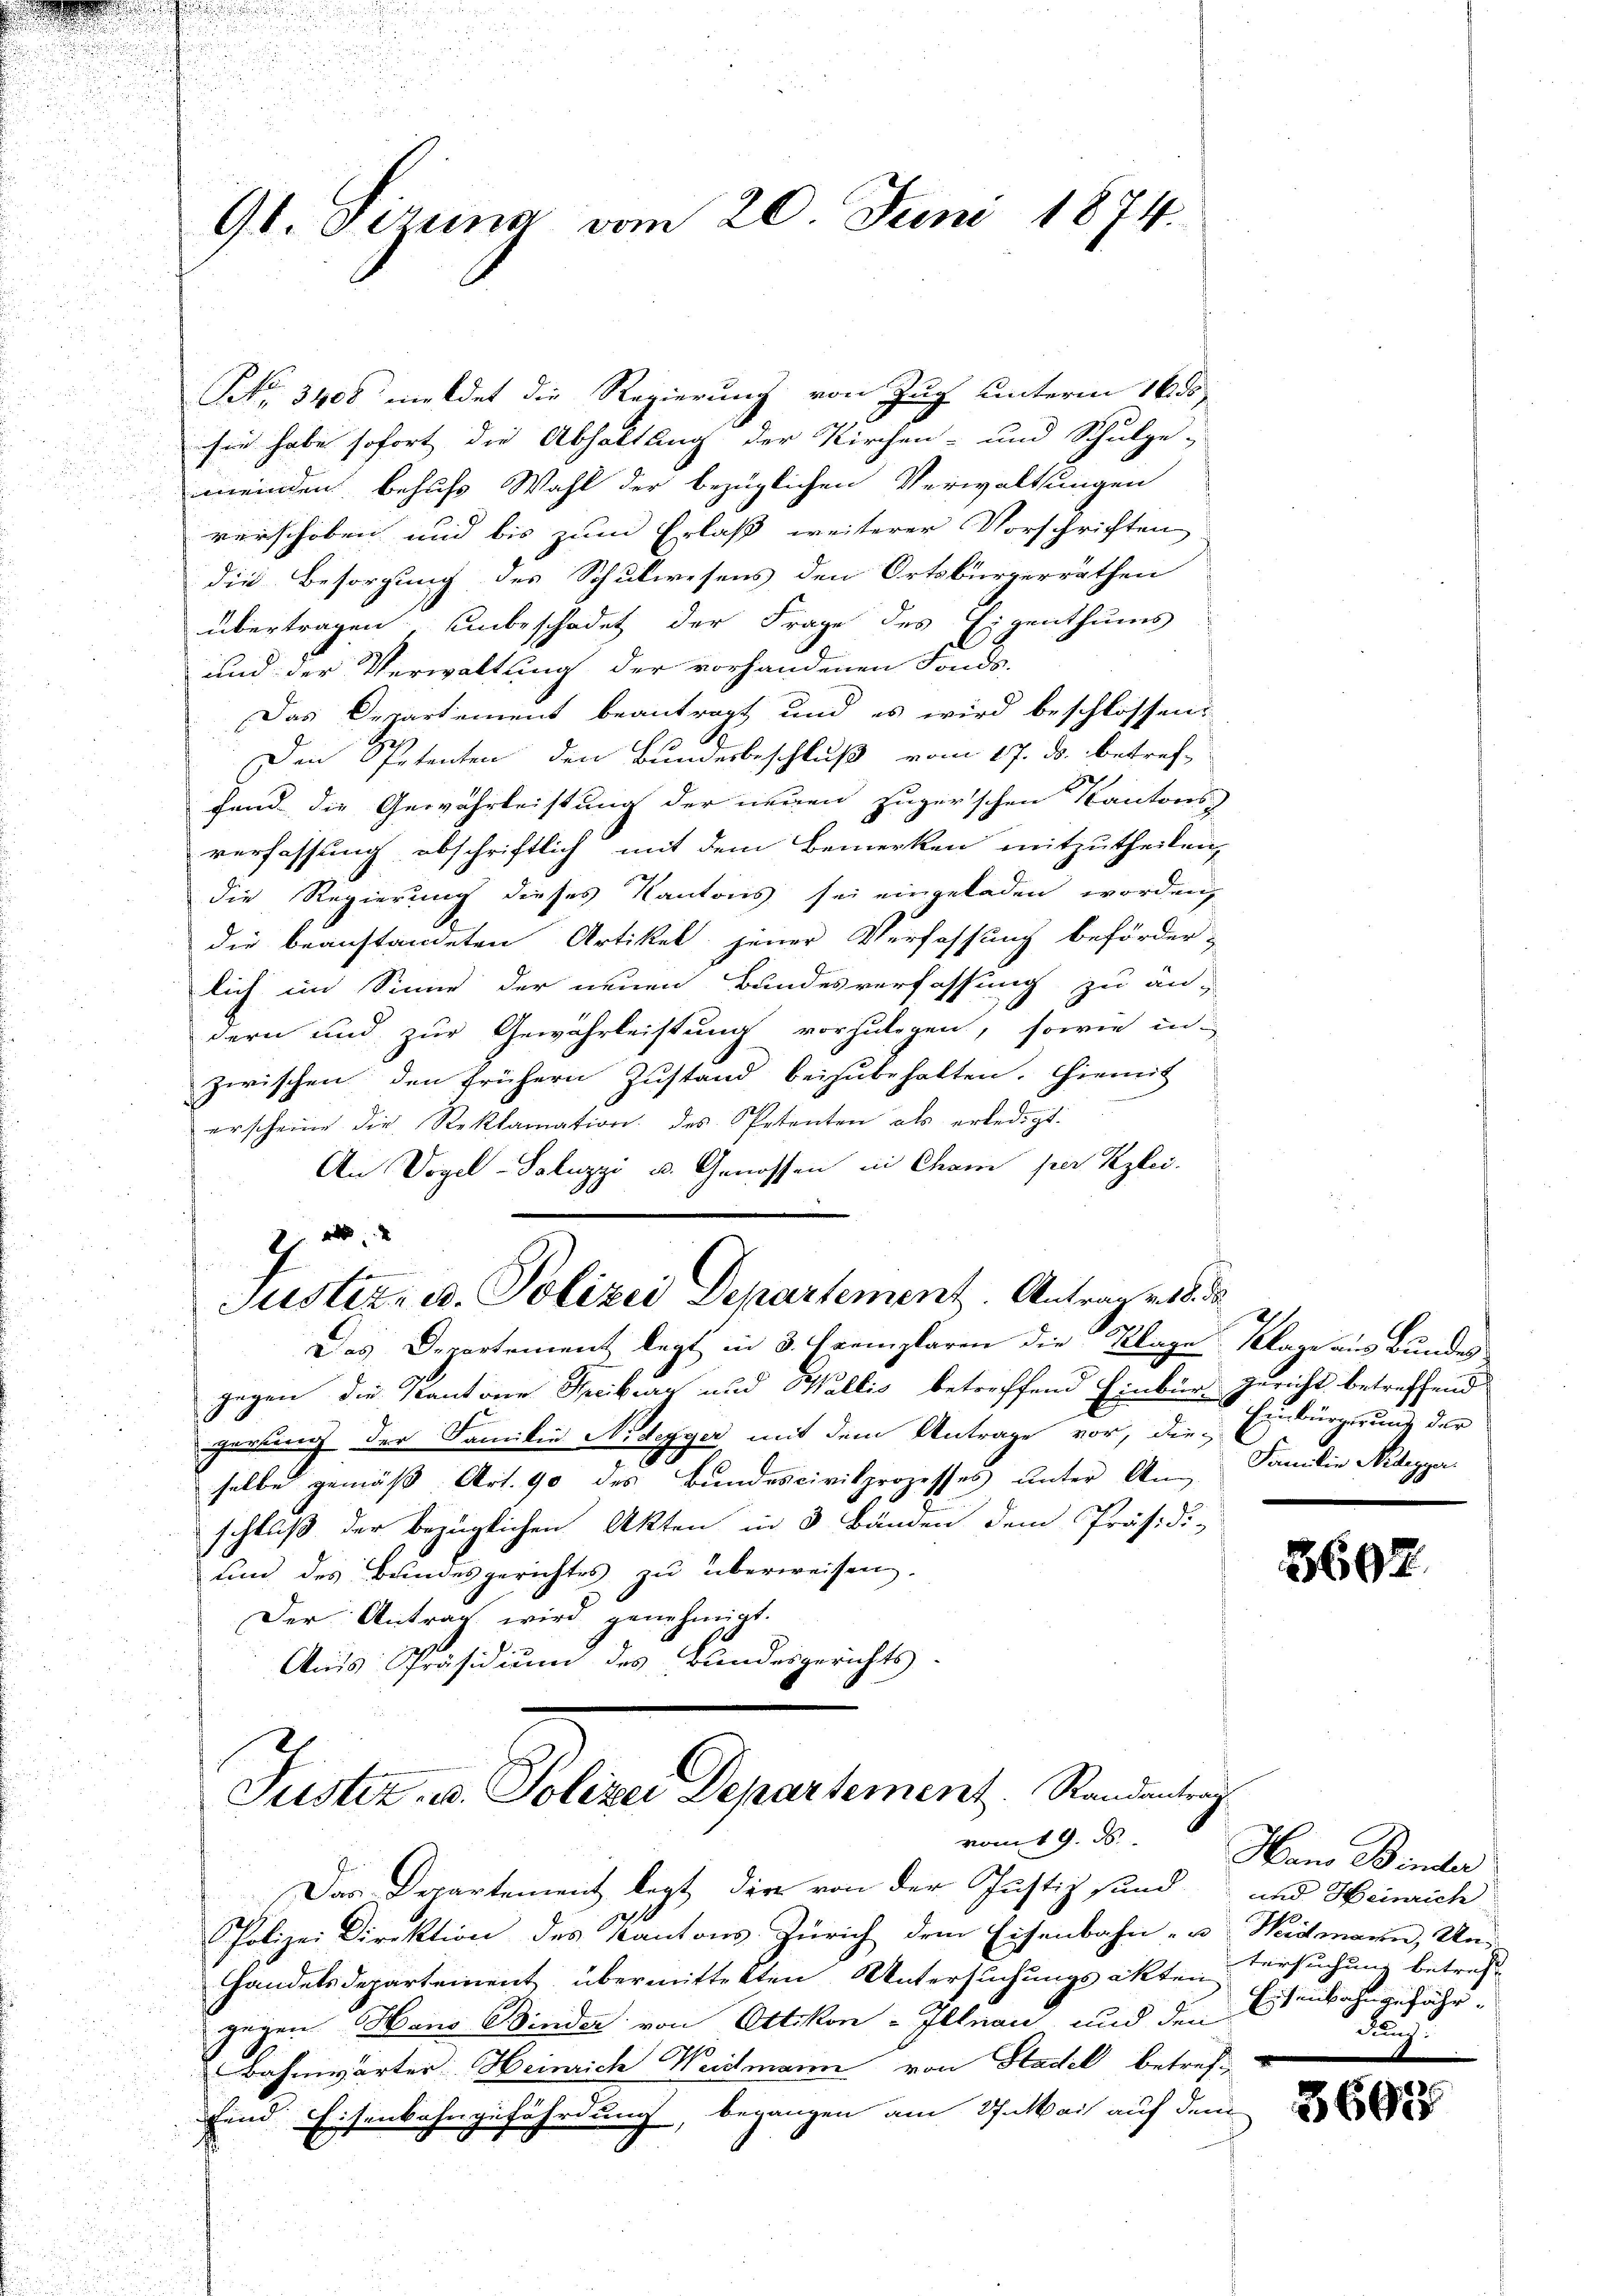
Gl. Firung vom 20. Juni 1874.

No. 3400 meldet die Regierung von Zug unterm 16. ds
sie habe sofort die Abhaltung der Kirchen- und Schulge-
meinden behufs Wahl der bezüglichen Verwaltungen
verschoben und bis zum Erlaß weiterer Vorschriften
die Besorgung des Schulwesens den Ortsbürgerräthen
übertragen unbeschadet der Frage des Eigenthums
und der Verwaltung der vorhandenen Fonds.
Das Departement beantragt und es wird beschlossen:
Den Spetenten den Bundesbeschluß vom 17. ds. betref-
fend die Gewährleistung der neuen zuger’schen Kantons
verfassung abschriftlich mit dem Bemerken mitzutheilen,
die Regierung dieses Kantons sei eingeladen worden,
die beanstandeten Artikel jener Verfassung beförder-
lich im Sinne der neuen Bundesverfassung zu andern und zur Gewährleistung vorzulegen, sowie in
zwischen den frühern Zustand beizubehalten. Hiemit
erscheine die Reklamation des Petenten als erledigt:
An Vogel-Saluzzi u. Genossen in Cham per Kzlei.
z
Justiz- u. Polizei Departement. Antrag v. 18. d
27
Das Departement legt in 3 Exemplaren die Klage Klage aus Bundes
gegen die Kantone Streikar und Wallis betreffend Einbür- Zuricht betreffend
geesung der Familie Nidegger mit dem Antrage vor, die-
selbe gemäß Art. 90 des Bundescivilprozesses unter An- Familie Niedegger
schluß der bezüglichen Akten in 3 Bänden dem Präsidi-
und des Bundesgerichtes zu überweisen.
Der Antrag wird genehmigt.
Ans Präsidium des Bundesgerichts-
Justiz u. Polizei Departement. Randantrag
vom 19. d.
Das Departement legt, der von der Justiz sind und Heinrich
Polizei Direktion des Kantons Zürich dem Eisenbahn- u Widmann, Un¬
Handelsdepartement übermittelten Untersuchungsakten,
gegen Hans Binder von Ottikon-Illnau und den
Bahnwärter Heinrich Weidmann von Stadel betreffend Eisenbahngefährdung, begangen am 27. Mai auf dem

Einbürgerung der

3697.

Hans Binder
tersuchung betreff
Eisenbahngefähr
Flug

3698